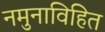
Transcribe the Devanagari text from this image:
नमुनाविहित